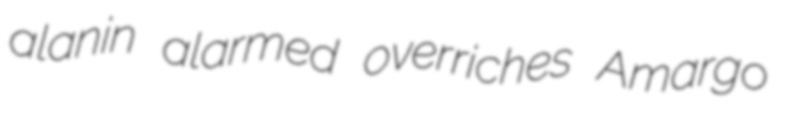
alanin alarmed overriches Amargo